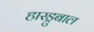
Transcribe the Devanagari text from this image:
हास्ड्रुबाल